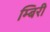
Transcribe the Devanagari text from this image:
म्बिरी